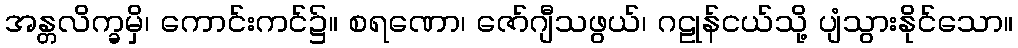
အန္တလိက္ခမှိ၊ ကောင်းကင်၌။ စရဏော၊ ဇော်ဂျီသဖွယ်၊ ဂဠုန်ငယ်သို့ ပျံသွားနိုင်သော။